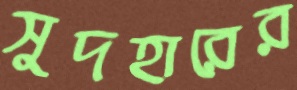
সুদহারের